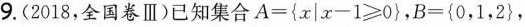
9.(2018，全国卷Ⅲ)已知集合$$A = { x | x - 1 ≥ 0 }$$，$$B = { 0，1，2 }$$，